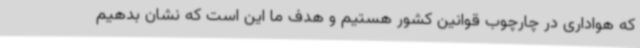
که هواداری در چارچوب قوانین کشور هستیم و هدف ما این است که نشان بدهیم